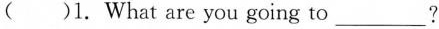
( ) 1. What are you going to___?